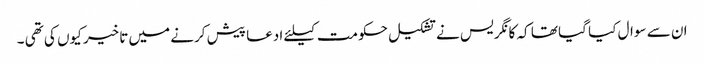
ان سے سوال کیا گیا تھا کہ کانگریس نے تشکیل حکومت کیلئے ادعا پیش کرنے میں تاخیر کیوں کی تھی ۔